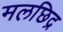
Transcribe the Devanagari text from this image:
मलछिद्र